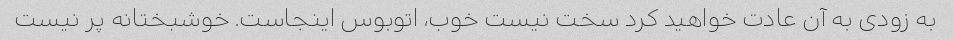
به زودی به آن عادت خواهید کرد سخت نیست خوب، اتوبوس اینجاست. خوشبختانه پر نیست